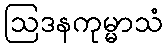
ဩဒနကုမ္မာသံ